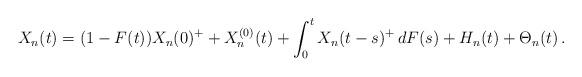
LaTeX: \begin{align*} X_n(t)&=(1-F(t))X_n(0)^++ X_n^{(0)}(t)+\int_0^tX_n(t-s)^+\,dF(s)+H_n(t)+\Theta_n(t)\,.\end{align*}